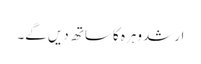
ارشد وہرہ کا ساتھ دیں گے۔